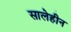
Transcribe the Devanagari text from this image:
सालेहीन